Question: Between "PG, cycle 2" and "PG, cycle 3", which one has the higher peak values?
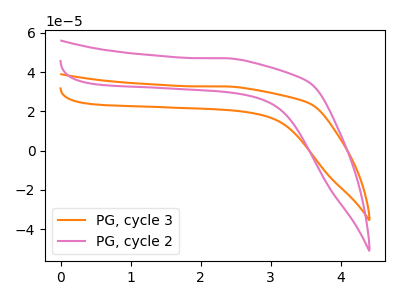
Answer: <think>The orange curve "PG, cycle 3" has no peaks. The pink curve "PG, cycle 2" has no peaks.</think>
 <answer>Niether CV has any peaks.</answer>
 <eval>blanks</eval>